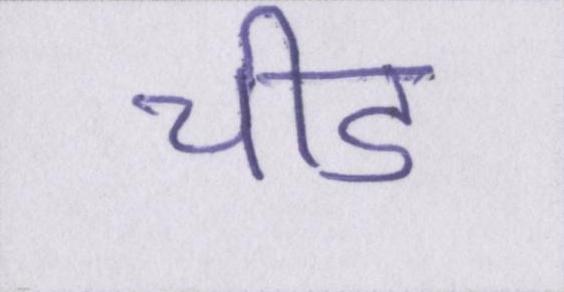
चीड